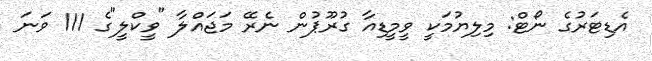
އެޑިޓަރުގެ ނޯޓް: މިލިޔުމަކީ ވީމީޑިއާ ގުރޫޕުން ނެރޭ މަޖައްލާ "ވީކްލީ"ގެ 111 ވަަނަ